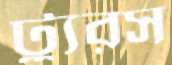
ট্যুরস